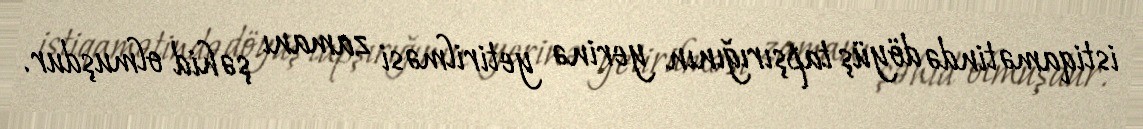
istiqamətində döyüş tapşırığının yerinə yetirilməsi zamanı şəhid olmuşdur.